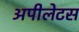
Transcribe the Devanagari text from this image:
अपीलेटस